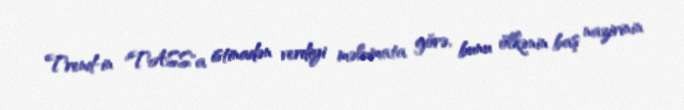
Trend-in "TASS"a istinadən verdiyi məlumata görə, bunu ölkənin baş nazirinin